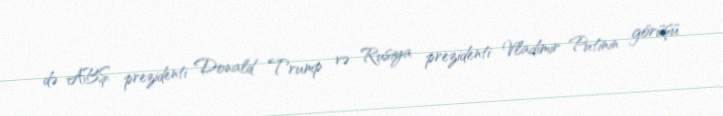
də ABŞ prezidenti Donald Trump və Rusiya prezidenti Vladimir Putinin görüşü